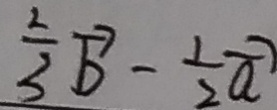
\frac { 2 } { 3 } \overrightarrow { b } - \frac { 1 } { 2 } \overrightarrow { a }